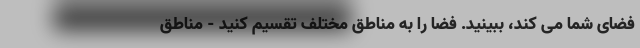
فضای شما می کند، ببینید. فضا را به مناطق مختلف تقسیم کنید - مناطق